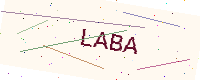
Text: LABA